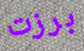
برزت